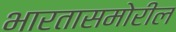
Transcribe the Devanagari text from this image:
भारतासमोरील